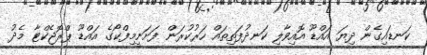
ކަނޑައިގެން ދިޔަ އައްޑޫ އޮއިވާލި ކަނދުފަތިތައް ހަރުކުރަން ފަށަނީމިފްކޯގެ އައްޑޫ ޕްރޮޖެކްޓާ މެދު